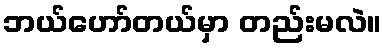
ဘယ်ဟော်တယ်မှာ တည်းမလဲ။